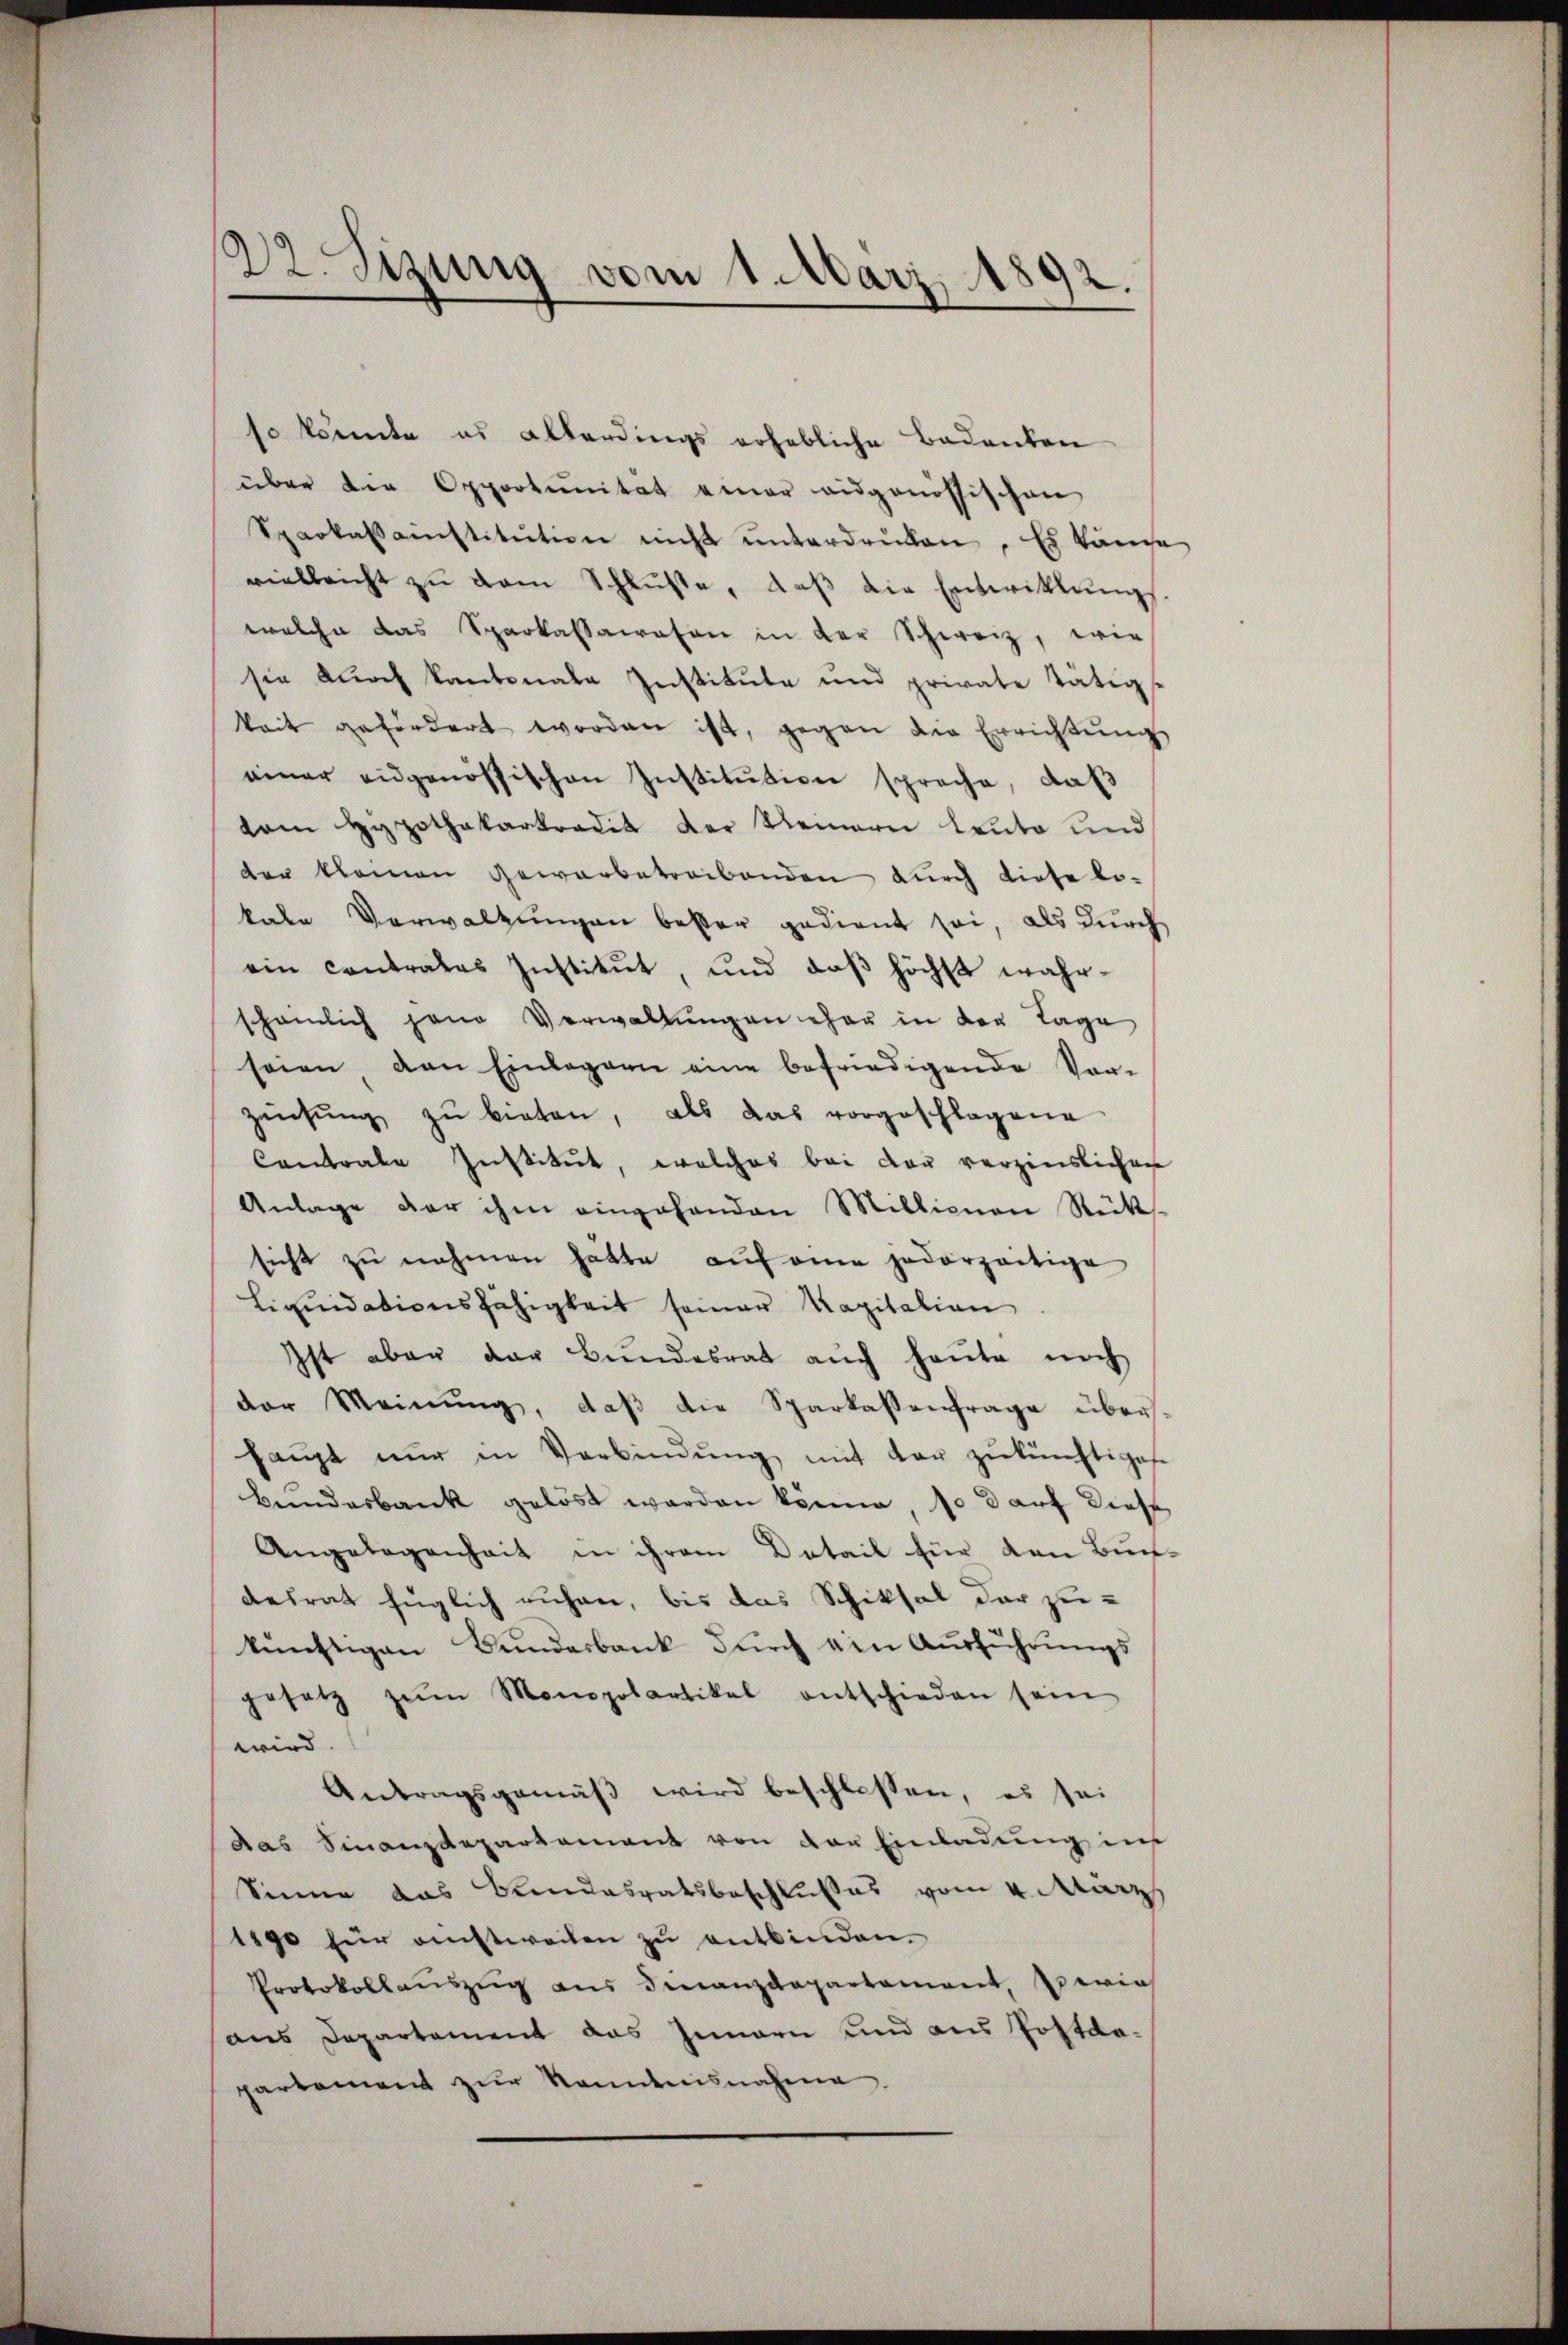
Dr. Sizung vom 1. März 1892.
—

so könnte es allerdings erhebliche Badenten
über die Opportŭnität einer eidgenössischen
Sparkassainstitŭtion nicht ŭnterdrücken. Es länge
vielleicht zŭ dem Schlüße, daβ die Entwiklŭngs-
welche das Sparkassawesen in der Schweiz, wie
sie durch kantonale Institute und private tätigs
keit gefördert worden ist, gegen die Errichtŭng
einer eidgenössischen Institŭtion sprache, daβ
vom Hypothekarkredit der keinern Leute und
der kleinen Gewerbetreibenden durch diese lo-
kale Verwaltungen besser gedient sei, als durch
ein contrales Institut, und daβ höchst wahr-
scheinlich jene Verwaltungen eher in der Tage
seien den Einlagern eine befriedigende Vor-
zisŭng zŭ bieten, als das vorgeschlagene
Contrale Institut, welches bei der verzinslichen
Anlage der ihm eingehanden Millician Rük
sicht zŭ nehmen hätte auf eine jederzeitige
Liquidationsfähigkeit seiner Kapitalian
Ist aber der Bŭndesrat aŭch heŭte noch
der Meinŭng, daβ die Sparkassenfrage über-
haŭpt nŭr in Verbindŭng mit der zŭ künftigese
Bundesbank gelöst werden könne, so darf diese
Angelegenheit in ihrem Detail für den Buchdesrat füglich ruhen, bis das Schiksal der zukünftigen Bŭndesbank dŭrch ein Aŭsführŭngs-
gesetz zŭm Monopolartikel entschieden sein
wird.
Antragsgemäβ wird beschlossen, es sei
das Finanzdepartament von der Einladung in
Sinne das Bundesratsbeschlußes vom 4. März
1890 für einstweilen zŭ entbinden.
Protokollauszug aus Finanzdepartement, Zürich
dus Departement das Innern und aus Postdapartement zŭr Kenntnisnahme.